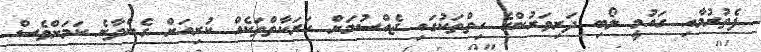
ފެތުރުމާއި ގައުމީ ލޯބި ދަރިވަރުންގެ ހިތްތަކުގައި ޖެއްސުމަށް ހަރަކާތްތަކެއް ކުރިއަށް ގެންދާނެ ކަމަށްވެސް